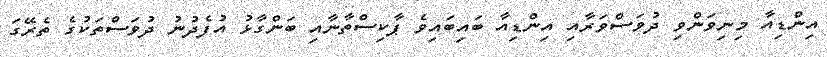
އިންޑިއާ މިނިވަންވި ދުވަސްވަރާއި އިންޑިއާ ބައިބައިވެ ޕާކިސްތާނާއި ބަންގާޅު އުފެދުނު ދުވަސްތަކުގެ ތެރޭގަ